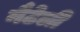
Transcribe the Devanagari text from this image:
नैटेली